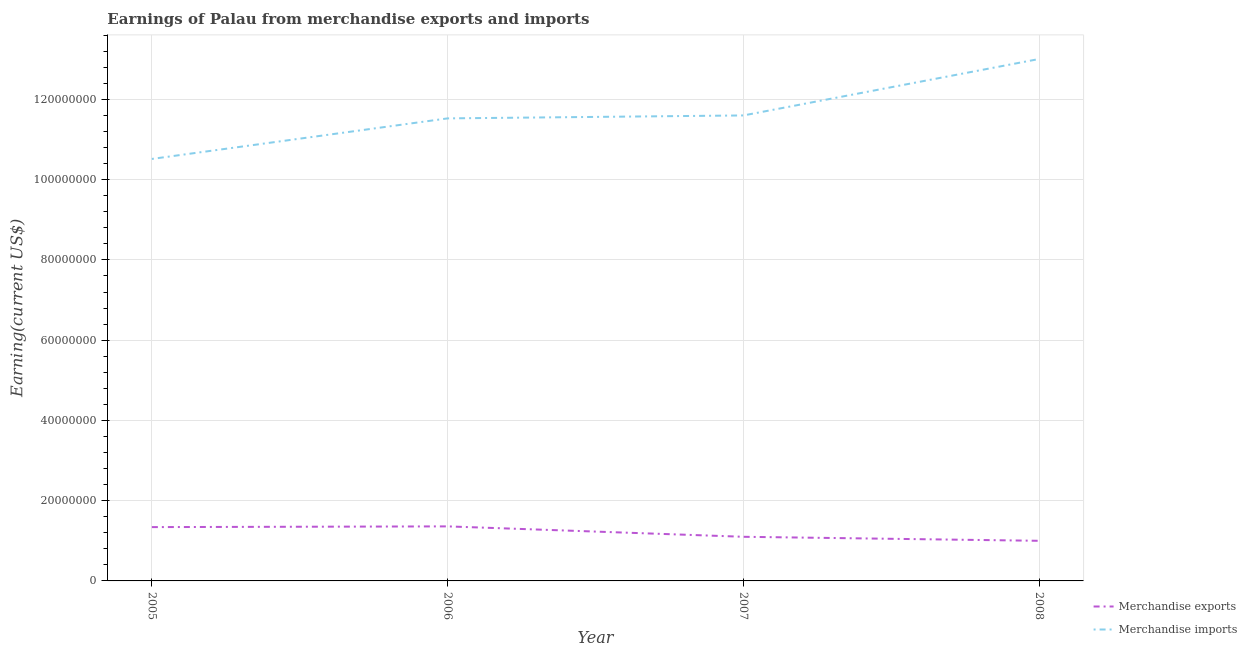
| Year | Merchandise exports | Merchandise imports |
 | --- | --- | --- |
 | 2005 | 1.34e+07 | 1.05e+08 |
 | 2006 | 1.36e+07 | 1.15e+08 |
 | 2007 | 1.1e+07 | 1.16e+08 |
 | 2008 | 1e+07 | 1.3e+08 |